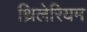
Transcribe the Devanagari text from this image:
थ्रिलेरियम